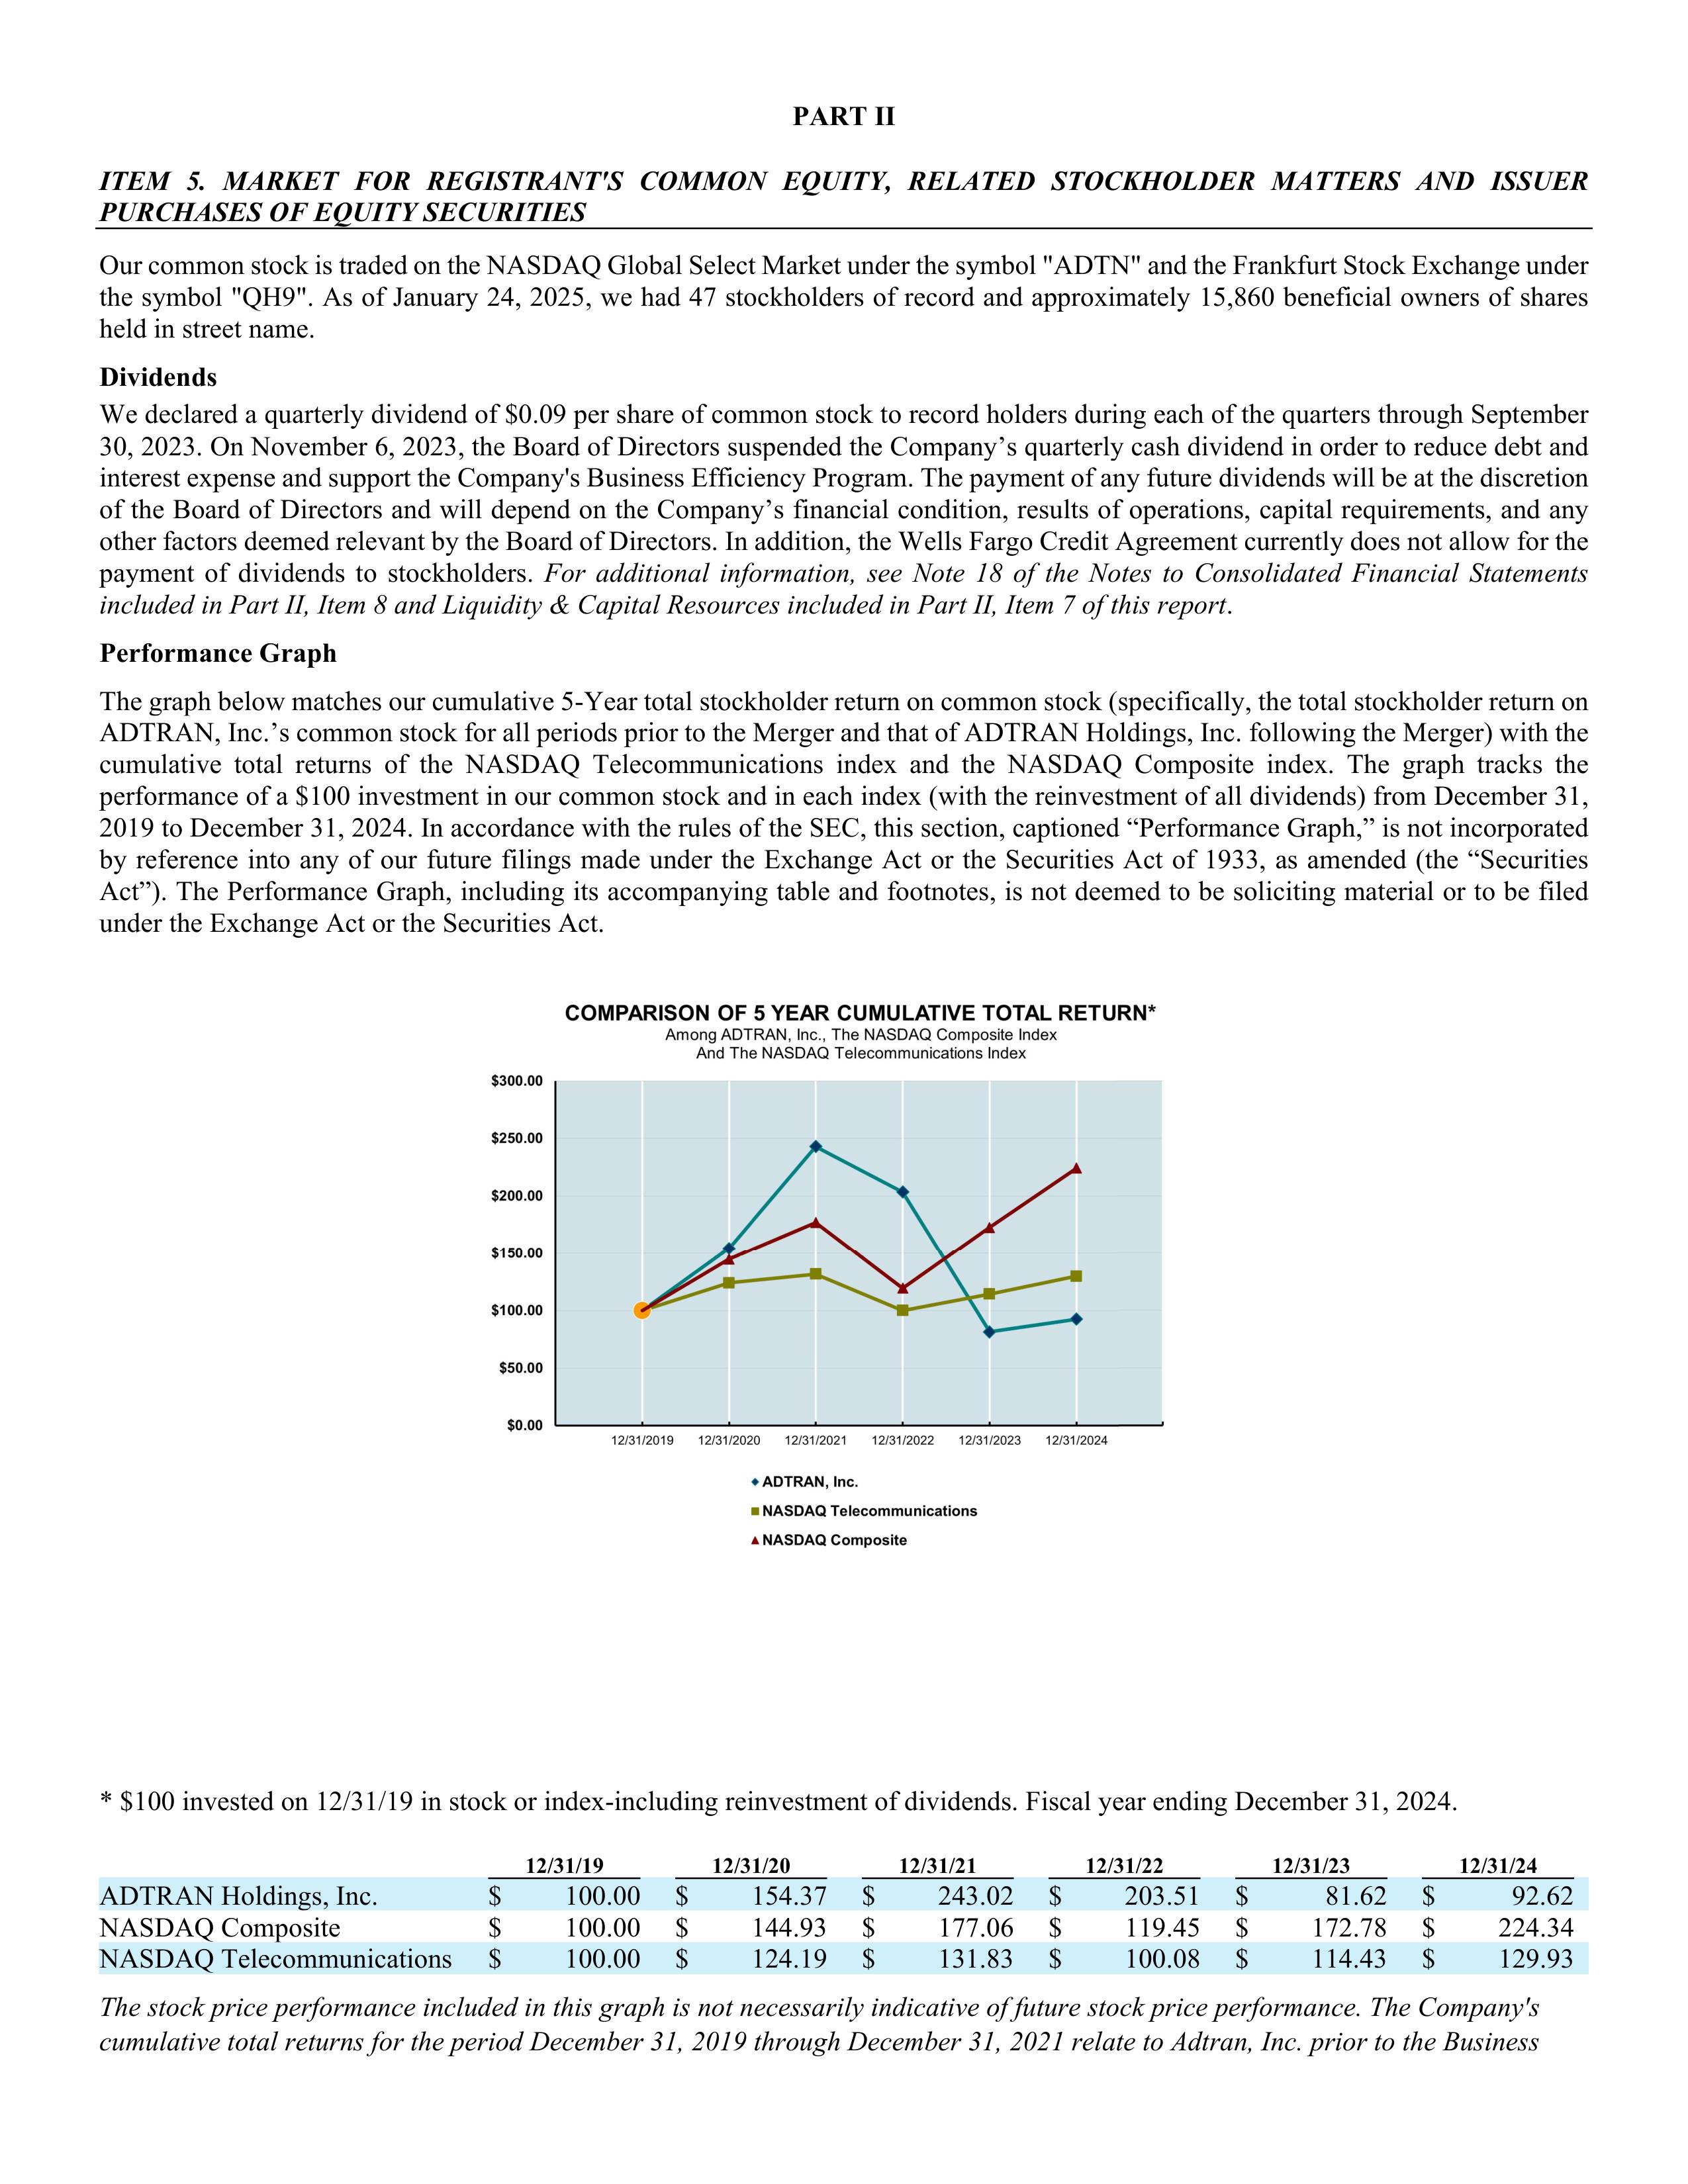
PART II

ITEM 5.  MARKET FOR REGISTRANT'S COMMON EQUITY, RELATED STOCKHOLDER MATTERS AND ISSUER
PURCHASES OF EQUITY SECURITIES

Our common stock is traded on the NASDAQ Global Select Market under the symbol "ADTN" and the Frankfurt Stock Exchange under
the symbol "QH9". As of January 24, 2025, we had 47 stockholders of record and approximately 15,860 beneficial owners of shares
held in street name.

Dividends

We declared a quarterly dividend of $0.09 per share of common stock to record holders during each of the quarters through September
30, 2023. On November 6, 2023, the Board of Directors suspended the Company's quarterly cash dividend in order to reduce debt and
interest expense and support the Company's Business Efficiency Program. The payment of any future dividends will be at the discretion
of the Board of Directors and will depend on the Company's financial condition, results of operations, capital requirements, and any
other factors deemed relevant by the Board of Directors. In addition, the Wells Fargo Credit Agreement currently does not allow for the
payment of dividends to stockholders. For additional information, see Note 18 of the Notes to Consolidated Financial Statements
included in Part II, Item 8 and Liquidity & Capital Resources included in Part II, Item 7 of this report.

Performance Graph

The graph below matches our cumulative 5-Year total stockholder return on common stock (specifically, the total stockholder return on
ADTRAN, Inc.'s common stock for all periods prior to the Merger and that of ADTRAN Holdings, Inc. following the Merger) with the
cumulative total returns of the NASDAQ Telecommunications index and the NASDAQ Composite index. The graph tracks the
performance of a $100 investment in our common stock and in each index (with the reinvestment of all dividends) from December 31,
2019 to December 31, 2024. In accordance with the rules of the SEC, this section, captioned "Performance Graph," is not incorporated
by reference into any of our future filings made under the Exchange Act or the Securities Act of 1933, as amended (the "Securities
Act"). The Performance Graph, including its accompanying table and footnotes, is not deemed to be soliciting material or to be filed
under the Exchange Act or the Securities Act.

COMPARISON OF 5 YEAR CUMULATIVE TOTAL RETURN*
Among ADTRAN, Inc., The NASDAQ Composite Index
And The NASDAQ Telecommunications Index

$300.00
$250.00
$200.00
$150.00
$100.00
$50.00
$0.00
         12/31/2019    12/31/2020    12/31/2021    12/31/2022    12/31/2023    12/31/2024

* $100 invested on 12/31/19 in stock or index-including reinvestment of dividends. Fiscal year ending December 31, 2024.

                           12/31/19      12/31/20      12/31/21      12/31/22      12/31/23      12/31/24
ADTRAN Holdings, Inc.   $    100.00   $    154.37   $    243.02   $    203.51   $     81.62   $     92.62
NASDAQ Composite        $    100.00   $    144.93   $    177.06   $    119.45   $    172.78   $    224.34
NASDAQ Telecommunications $  100.00   $    124.19   $    131.83   $    100.08   $    114.43   $    129.93

The stock price performance included in this graph is not necessarily indicative of future stock price performance. The Company's
cumulative total returns for the period December 31, 2019 through December 31, 2021 relate to Adtran, Inc. prior to the Business